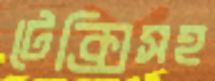
টেক্সিসহ